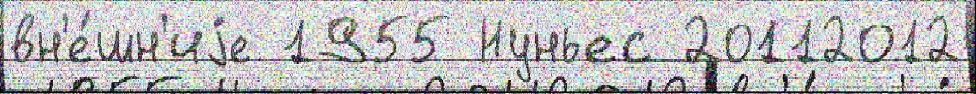
вн'е́шн'иjе 1955 Нуньес 20112012